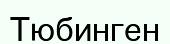
Тюбинген